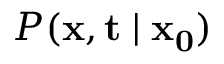
P ( \mathbf { x } , \mathbf { t } \mid \mathbf { x _ { 0 } } )